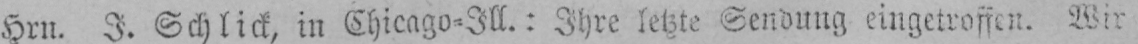
Hrn. I. Schlick, in Chicago⸗Ill.: Ihre letzte Sendung eingetroffen. Wir